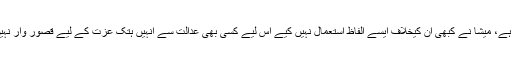
بہترین جواب سچ ہے، میشا نے کبھی ان کیخلاف ایسے الفاظ استعمال نہیں کیے اس لیے کسی بھی عدالت سے انہیں ہتک عزت کے لیے قصور وار نہیں ٹھہرایا جاسکتا۔